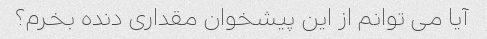
آیا می توانم از این پیشخوان مقداری دنده بخرم؟